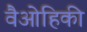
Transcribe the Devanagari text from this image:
वैओहिकी